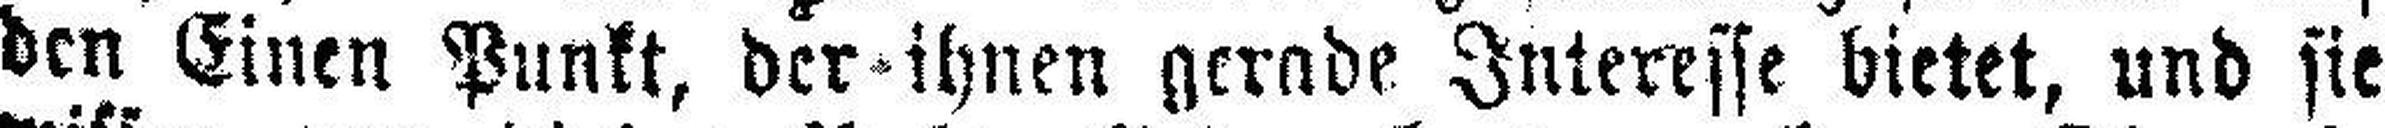
den Einen Punkt, der ihnen gerade Interesse bietet, und sie